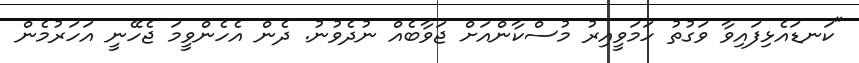
"ކަނޑައެޅިފައިވާ ވަގުތު ހަމަވީއިރު މުސްކާންއަށް ޖަވާބެއް ނުދެވުނު. ދެން އެހެންވީމަ ޖެހޭނީ އަހަރުމެން